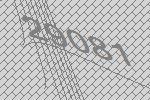
29081